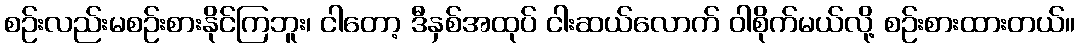
စဉ်းလည်းမစဉ်းစားနိုင်ကြဘူး၊ ငါတော့ ဒီနှစ်အထုပ် ငါးဆယ်လောက် ဝါစိုက်မယ်လို့ စဉ်းစားထားတယ်။